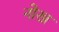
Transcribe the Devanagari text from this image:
नोख